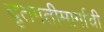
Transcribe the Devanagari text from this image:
दृतगतीमार्गाची